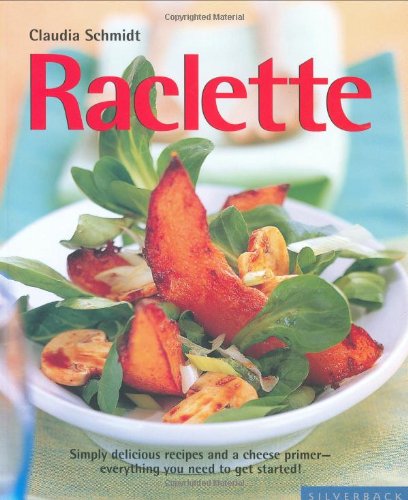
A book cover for Raclette (Quick & Easy); Claudia Schmidt; Cookbooks, Food & Wine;